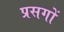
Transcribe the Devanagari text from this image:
प्रसगों